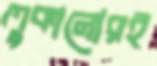
লুকানোরই